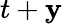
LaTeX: t+\mathbf{y}